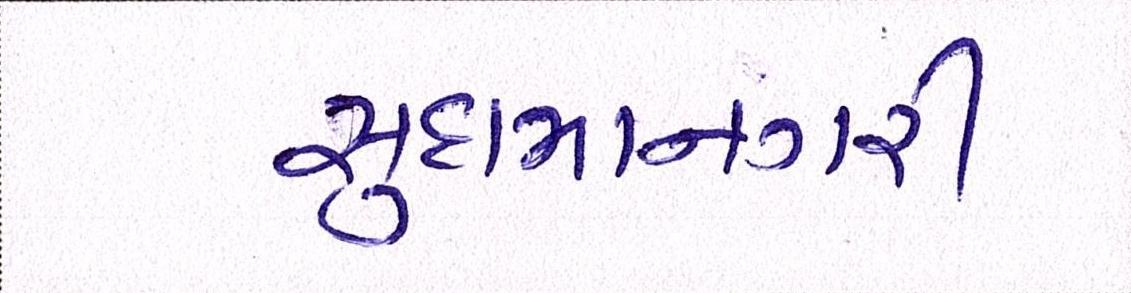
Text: સુદામાનગરી